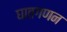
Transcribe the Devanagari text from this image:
घातगणन